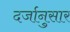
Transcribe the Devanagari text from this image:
दर्जानुसार